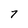
Character: 7